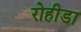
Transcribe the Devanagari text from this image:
रोहीडा